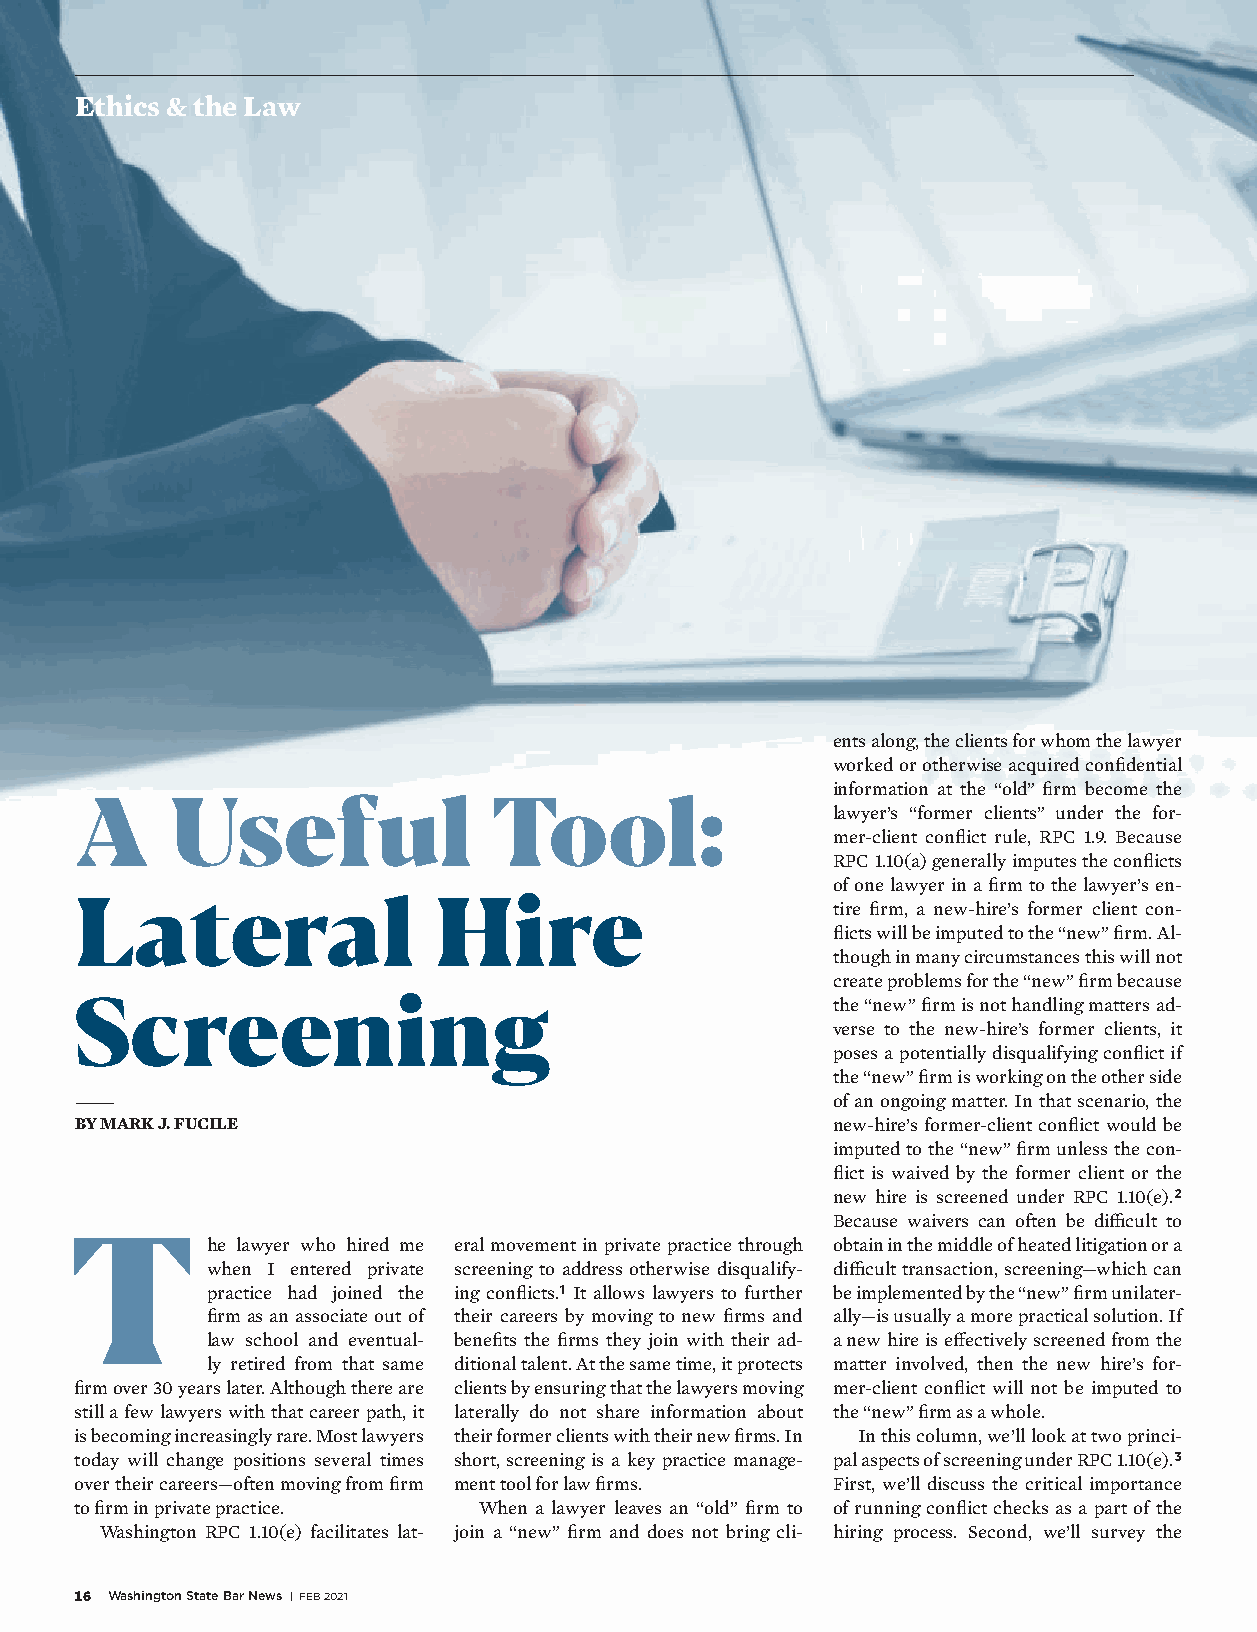
Ethics & the Law
 ents along, the clients for whom the lawyer
 worked or otherwise acquired confidential
 information at the “old” firm become the
 A     Useful                Tool:
 lawyer’s “former clients” under the for-
 mer-client conflict rule, RPC 1.9. Because
 RPC 1.10(a) generally imputes the conflicts
 of one lawyer in a firm to the lawyer’s en-
 Lateral                 Hire
 tire firm, a new-hire’s former client con-
 flicts will be imputed to the “new” firm. Al-
 though in many circumstances this will not
 create problems for the “new” firm because
 Screening                                         the “new” firm is not handling matters ad-
 verse to the new-hire’s former clients, it
 poses a potentially disqualifying conflict if
 the “new” firm is working on the other side
 of an ongoing matter. In that scenario, the
 BY MARK J. FUCILE                                 new-hire’s former-client conflict would be
 imputed to the “new” firm unless the con-
 flict is waived by the former client or the
 new hire is screened under RPC 1.10(e).2
 Because waivers can often be difficult to
 T
 he lawyer who hired me eral movement in private practice through obtain in the middle of heated litigation or a
 when I entered private screening to address otherwise disqualify- difficult transaction, screening—which can
 practice had joined the ing conflicts.1 It allows lawyers to further be implemented by the “new” firm unilater-
 firm as an associate out of their careers by moving to new firms and ally—is usually a more practical solution. If
 law school and eventual- benefits the firms they join with their ad- a new hire is effectively screened from the
 ly retired from that same ditional talent. At the same time, it protects matter involved, then the new hire’s for-
 firm over 30 years later. Although there are clients by ensuring that the lawyers moving mer-client conflict will not be imputed to
 still a few lawyers with that career path, it laterally do not share information about the “new” firm as a whole.
 is becoming increasingly rare. Most lawyers their former clients with their new firms. In In this column, we’ll look at two princi-
 today will change positions several times short, screening is a key practice manage- pal aspects of screening under RPC 1.10(e).3
 over their careers—often moving from firm ment tool for law firms. First, we’ll discuss the critical importance
 to firm in private practice. When a lawyer leaves an “old” firm to of running conflict checks as a part of the
 Washington RPC 1.10(e) facilitates lat- join a “new” firm and does not bring cli- hiring process. Second, we’ll survey the
 16 Washington State Bar News | FEB 2021